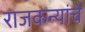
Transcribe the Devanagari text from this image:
राजकन्यांचे